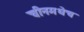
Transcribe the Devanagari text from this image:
चीनमधेच